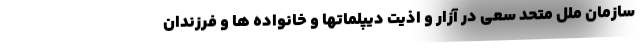
سازمان ملل متحد سعی در آزار و اذیت دیپلماتها و خانواده ها و فرزندان